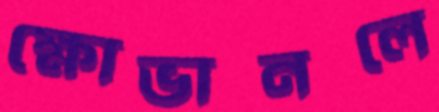
ক্ষোভানলে